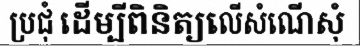
ប្រជុំ ដើម្បីពិនិត្យលើសំណើសុំ